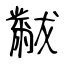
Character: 黻